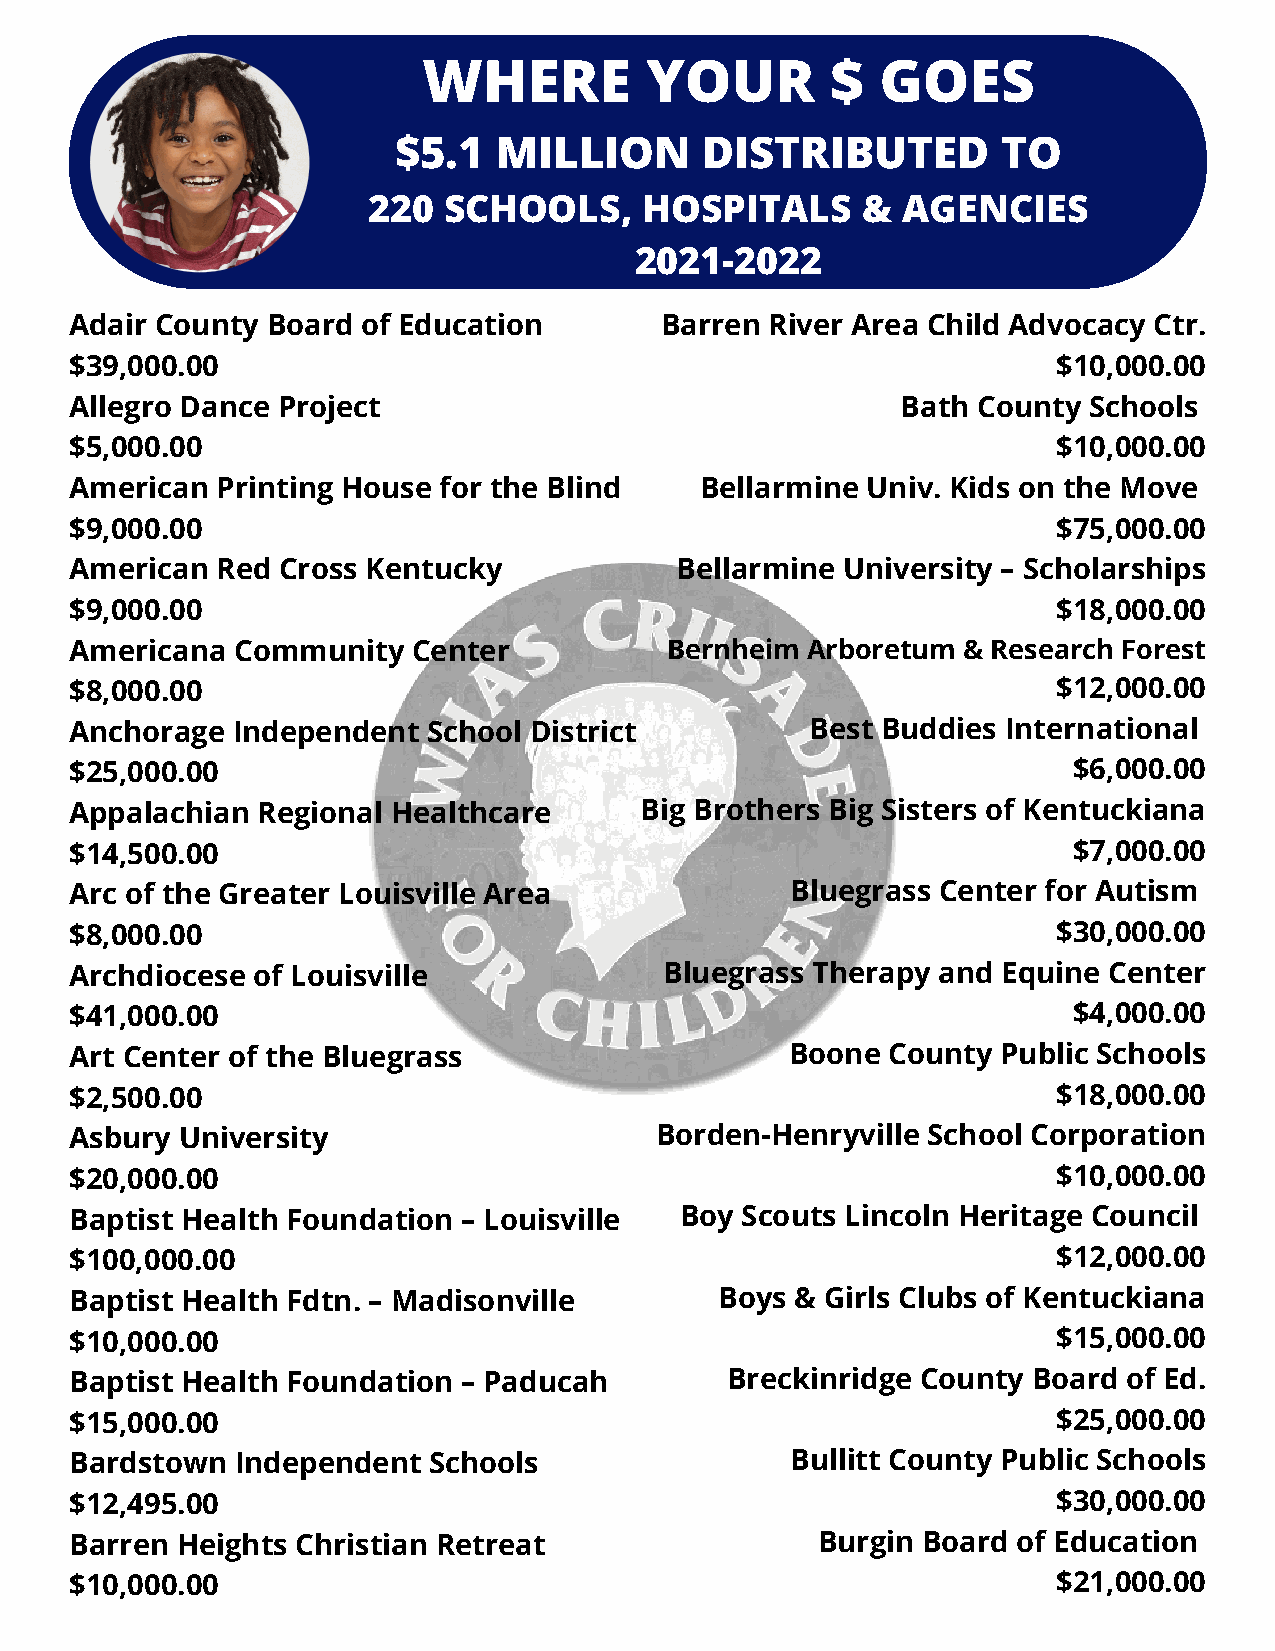
WHERE          YOUR        $  GOES
 $5.1   MILLION      DISTRIBUTED         TO
 220  SCHOOLS,      HOSPITALS     &  AGENCIES
 2021-2022
 Adair County Board of Education        Barren River Area Child Advocacy Ctr.
 $39,000.00                                                       $10,000.00
 Allegro Dance Project                                  Bath County Schools
 $5,000.00                                                        $10,000.00
 American Printing House for the Blind    Bellarmine Univ. Kids on the Move
 $9,000.00                                                        $75,000.00
 American Red Cross Kentucky             Bellarmine University – Scholarships
 $9,000.00                                                        $18,000.00
 Americana Community   Center           Bernheim Arboretum  & Research Forest
 $8,000.00                                                        $12,000.00
 Anchorage Independent  School District           Best Buddies International
 $25,000.00                                                        $6,000.00
 Appalachian Regional Healthcare      Big Brothers Big Sisters of Kentuckiana
 $14,500.00                                                        $7,000.00
 Arc of the Greater Louisville Area             Bluegrass Center for Autism
 $8,000.00                                                        $30,000.00
 Archdiocese of Louisville              Bluegrass Therapy and Equine Center
 $41,000.00                                                        $4,000.00
 Art Center of the Bluegrass                    Boone  County Public Schools
 $2,500.00                                                        $18,000.00
 Asbury University                     Borden-Henryville School Corporation
 $20,000.00                                                       $10,000.00
 Baptist Health Foundation – Louisville  Boy Scouts Lincoln Heritage Council
 $100,000.00                                                      $12,000.00
 Baptist Health Fdtn. – Madisonville        Boys & Girls Clubs of Kentuckiana
 $10,000.00                                                       $15,000.00
 Baptist Health Foundation – Paducah        Breckinridge County Board  of Ed.
 $15,000.00                                                       $25,000.00
 Bardstown  Independent Schools                 Bullitt County Public Schools
 $12,495.00                                                       $30,000.00
 Barren Heights Christian Retreat                 Burgin Board of Education
 $10,000.00                                                       $21,000.00